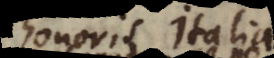
honoris Italiae